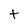
Character: t